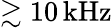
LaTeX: \gtrsim 10\, \mathrm{kHz}